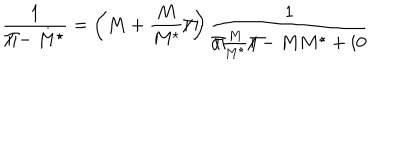
\frac { 1 } { { \Pi / } - M ^ { \star } } = \left( M + \frac { M } { M ^ { \star } } { \Pi / } \right) \frac { 1 } { { \Pi / } \frac { M } { M ^ { \star } } { \Pi / } - M M ^ { \star } + i 0 }